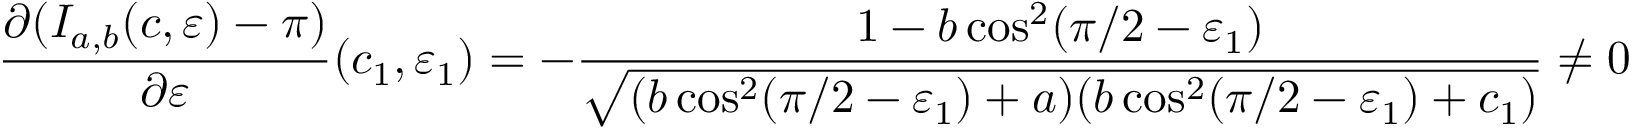
\frac { \partial ( I _ { a , b } ( c , \varepsilon ) - \pi ) } { \partial \varepsilon } ( c _ { 1 } , \varepsilon _ { 1 } ) = - \frac { 1 - b \cos ^ { 2 } ( \pi / 2 - \varepsilon _ { 1 } ) } { \sqrt { ( b \cos ^ { 2 } ( \pi / 2 - \varepsilon _ { 1 } ) + a ) ( b \cos ^ { 2 } ( \pi / 2 - \varepsilon _ { 1 } ) + c _ { 1 } ) } } \neq 0 .